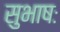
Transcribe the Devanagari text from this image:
सुभाषः